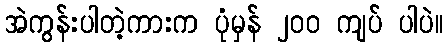
အဲကွန်းပါတဲ့ကားက ပုံမှန် ၂၀၀ ကျပ် ပါပဲ။